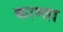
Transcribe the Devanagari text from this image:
काम्ता